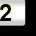
Digit: 2